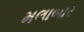
મલાબાર